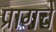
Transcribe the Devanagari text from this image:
प्रागचे